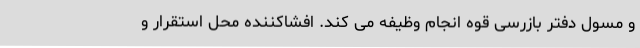
و مسول دفتر بازرسی قوه انجام وظیفه می کند. افشاکننده محل استقرار و